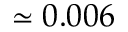
\simeq 0 . 0 0 6